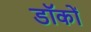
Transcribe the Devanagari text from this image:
डॉकों